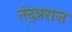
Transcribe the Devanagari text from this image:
तंद्त्रराज